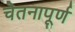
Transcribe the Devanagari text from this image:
चेतनापूर्ण